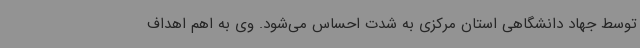
توسط جهاد دانشگاهی استان مرکزی به شدت احساس می‌شود. وی به اهم اهداف